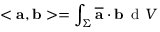
< \mathbf { a } , \mathbf { b } > = \int _ { \Sigma } ^ { } \overline { { \mathbf { a } } } \cdot \mathbf { b } \, \mathrm { ~ d ~ } V